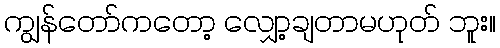
ကျွန်တော်ကတော့ လျှော့ချတာမဟုတ် ဘူး။